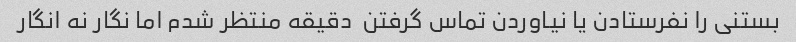
بستنی را نفرستادن یا نیاوردن تماس گرفتن  دقیقه منتظر شدم اما نگار نه انگار